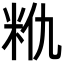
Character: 𮇈